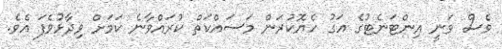
ވެސް ވަނީ އިންޓަނެޓުގެ އަގު ހެޔޮކުރަން މަސައްކަތް ކުރައްވާނެ ކަމަށް ވިދާޅުވެފަ އެވެ.